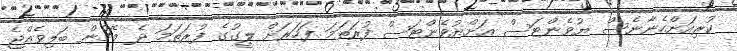
ކުރިއަށްހެނާނެސް ޔުވެންޓަސް އަށްޔުވެންޓަސް ފުރަތަމަ ފަހަރަށް ލީގުގެ ފުރަތަމަ ދެ މެޗުން ބަލިވެއްޖެ